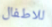
للاطفال